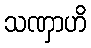
သဏှာဟိ